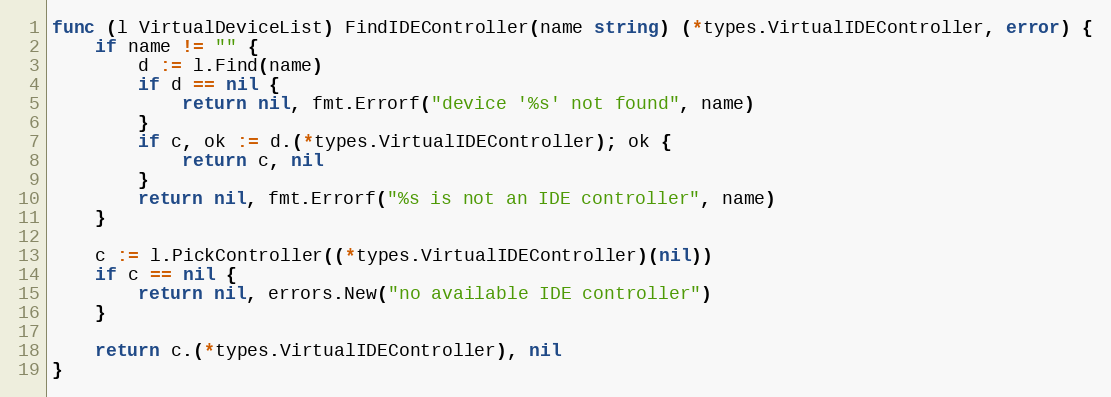
Language: Go
func (l VirtualDeviceList) FindIDEController(name string) (*types.VirtualIDEController, error) {
	if name != "" {
		d := l.Find(name)
		if d == nil {
			return nil, fmt.Errorf("device '%s' not found", name)
		}
		if c, ok := d.(*types.VirtualIDEController); ok {
			return c, nil
		}
		return nil, fmt.Errorf("%s is not an IDE controller", name)
	}

	c := l.PickController((*types.VirtualIDEController)(nil))
	if c == nil {
		return nil, errors.New("no available IDE controller")
	}

	return c.(*types.VirtualIDEController), nil
}